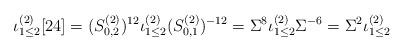
LaTeX: \begin{align*}\iota_{1\leq 2}^{(2)}[24]=(S^{(2)}_{0,2})^{12}\iota_{1\leq 2}^{(2)}(S^{(2)}_{0,1})^{-12}=\Sigma^8\iota_{1\leq 2}^{(2)}\Sigma^{-6}=\Sigma^2\iota_{1\leq 2}^{(2)}\end{align*}